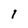
Character: I